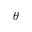
\theta